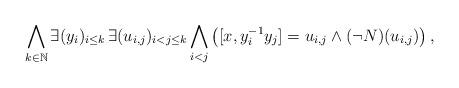
LaTeX: \begin{align*}\bigwedge_{k\in\mathbb N}\exists (y_i)_{i\le k} \,\exists (u_{i,j})_{i<j\le k} \bigwedge_{i<j}\left([x,y_i^{-1}y_j]= u_{i,j} \wedge (\neg N)(u_{i,j}) \right),\end{align*}